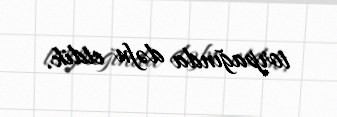
torpağında dəfn etdik.